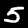
Label: 5